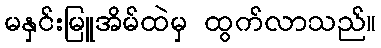
မနှင်းမြူအိမ်ထဲမှ ထွက်လာသည်။